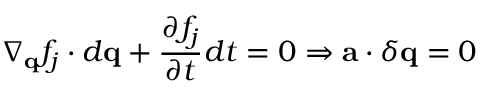
\nabla _ { \mathbf { q } } f _ { j } \cdot d \mathbf { q } + \frac { \partial f _ { j } } { \partial t } d t = 0 \Rightarrow \mathbf { a } \cdot \delta { \mathbf { q } } = 0